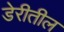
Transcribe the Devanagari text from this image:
डेरीतील